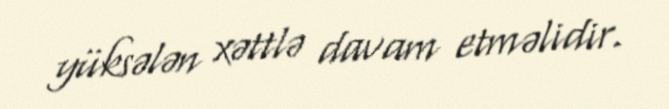
yüksələn xəttlə davam etməlidir.